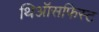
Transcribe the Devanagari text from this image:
थिऑसफिस्ट